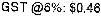
GST @6%: $0.46